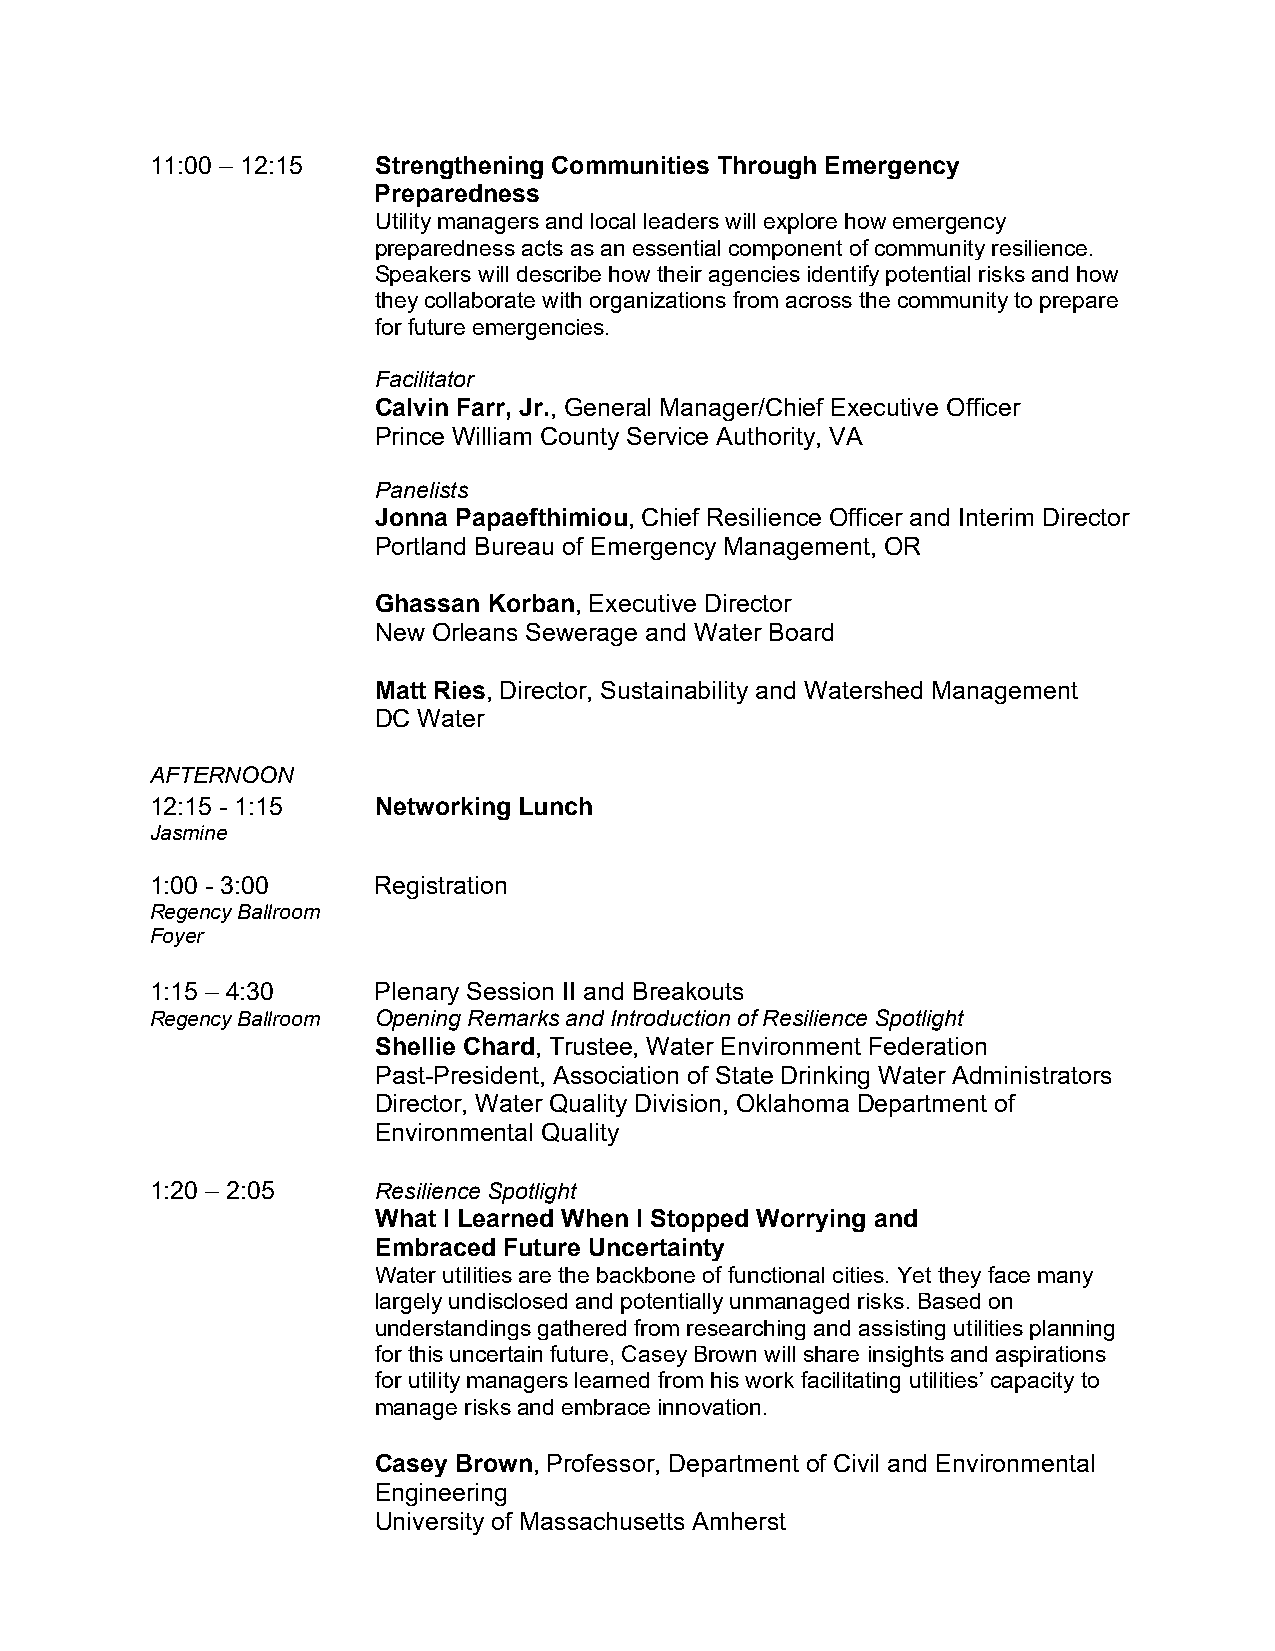
11:00 – 12:15  Strengthening Communities Through Emergency
 Preparedness
 Utility managers and local leaders will explore how emergency
 preparedness acts as an essential component of community resilience.
 Speakers will describe how their agencies identify potential risks and how
 they collaborate with organizations from across the community to prepare
 for future emergencies.
 Facilitator
 Calvin Farr, Jr., General Manager/Chief Executive Officer
 Prince William County Service Authority, VA
 Panelists
 Jonna Papaefthimiou, Chief Resilience Officer and Interim Director
 Portland Bureau of Emergency Management, OR
 Ghassan Korban, Executive Director
 New Orleans Sewerage and Water Board
 Matt Ries, Director, Sustainability and Watershed Management
 DC Water
 AFTERNOON
 12:15 - 1:15   Networking Lunch
 Jasmine
 1:00 - 3:00    Registration
 Regency Ballroom
 Foyer
 1:15 – 4:30    Plenary Session II and Breakouts
 Regency Ballroom Opening Remarks and Introduction of Resilience Spotlight
 Shellie Chard, Trustee, Water Environment Federation
 Past-President, Association of State Drinking Water Administrators
 Director, Water Quality Division, Oklahoma Department of
 Environmental Quality
 1:20 – 2:05    Resilience Spotlight
 What I Learned When I Stopped Worrying and
 Embraced Future Uncertainty
 Water utilities are the backbone of functional cities. Yet they face many
 largely undisclosed and potentially unmanaged risks. Based on
 understandings gathered from researching and assisting utilities planning
 for this uncertain future, Casey Brown will share insights and aspirations
 for utility managers learned from his work facilitating utilities’ capacity to
 manage risks and embrace innovation.
 Casey Brown, Professor, Department of Civil and Environmental
 Engineering
 University of Massachusetts Amherst